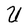
Character: U